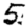
Digit: 5